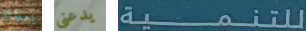
اعطاه يدعني للتنمية